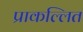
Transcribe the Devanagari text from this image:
प्राकल्लित